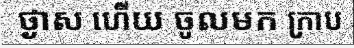
ថ្ងាស ហើយ ចូលមក ក្រាប